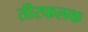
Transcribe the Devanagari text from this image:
तीरफलक